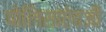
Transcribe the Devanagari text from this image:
पोलिसांऐवजी